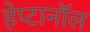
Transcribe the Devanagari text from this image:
हेप्टानॉल